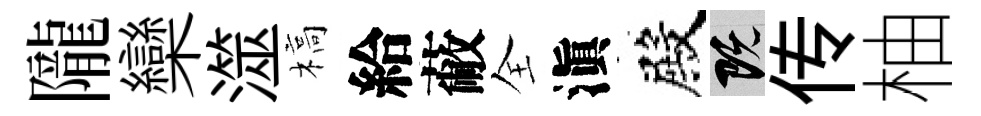
隴欒澨槁給蔽全滇殿既传柚